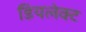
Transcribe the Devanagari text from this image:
डियलेक्ट